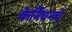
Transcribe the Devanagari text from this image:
केर्निघनचे